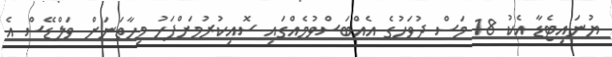
ޔުނައިޓެޑާ އެކު 18 މަސް ދުވަހުގެ އެއްބަސްވުމެއްގައި ސޮއިކުރުމަށްފަހު މިހާތަނަށް ވަލްޑޭސް އެ